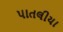
પાતલીયા